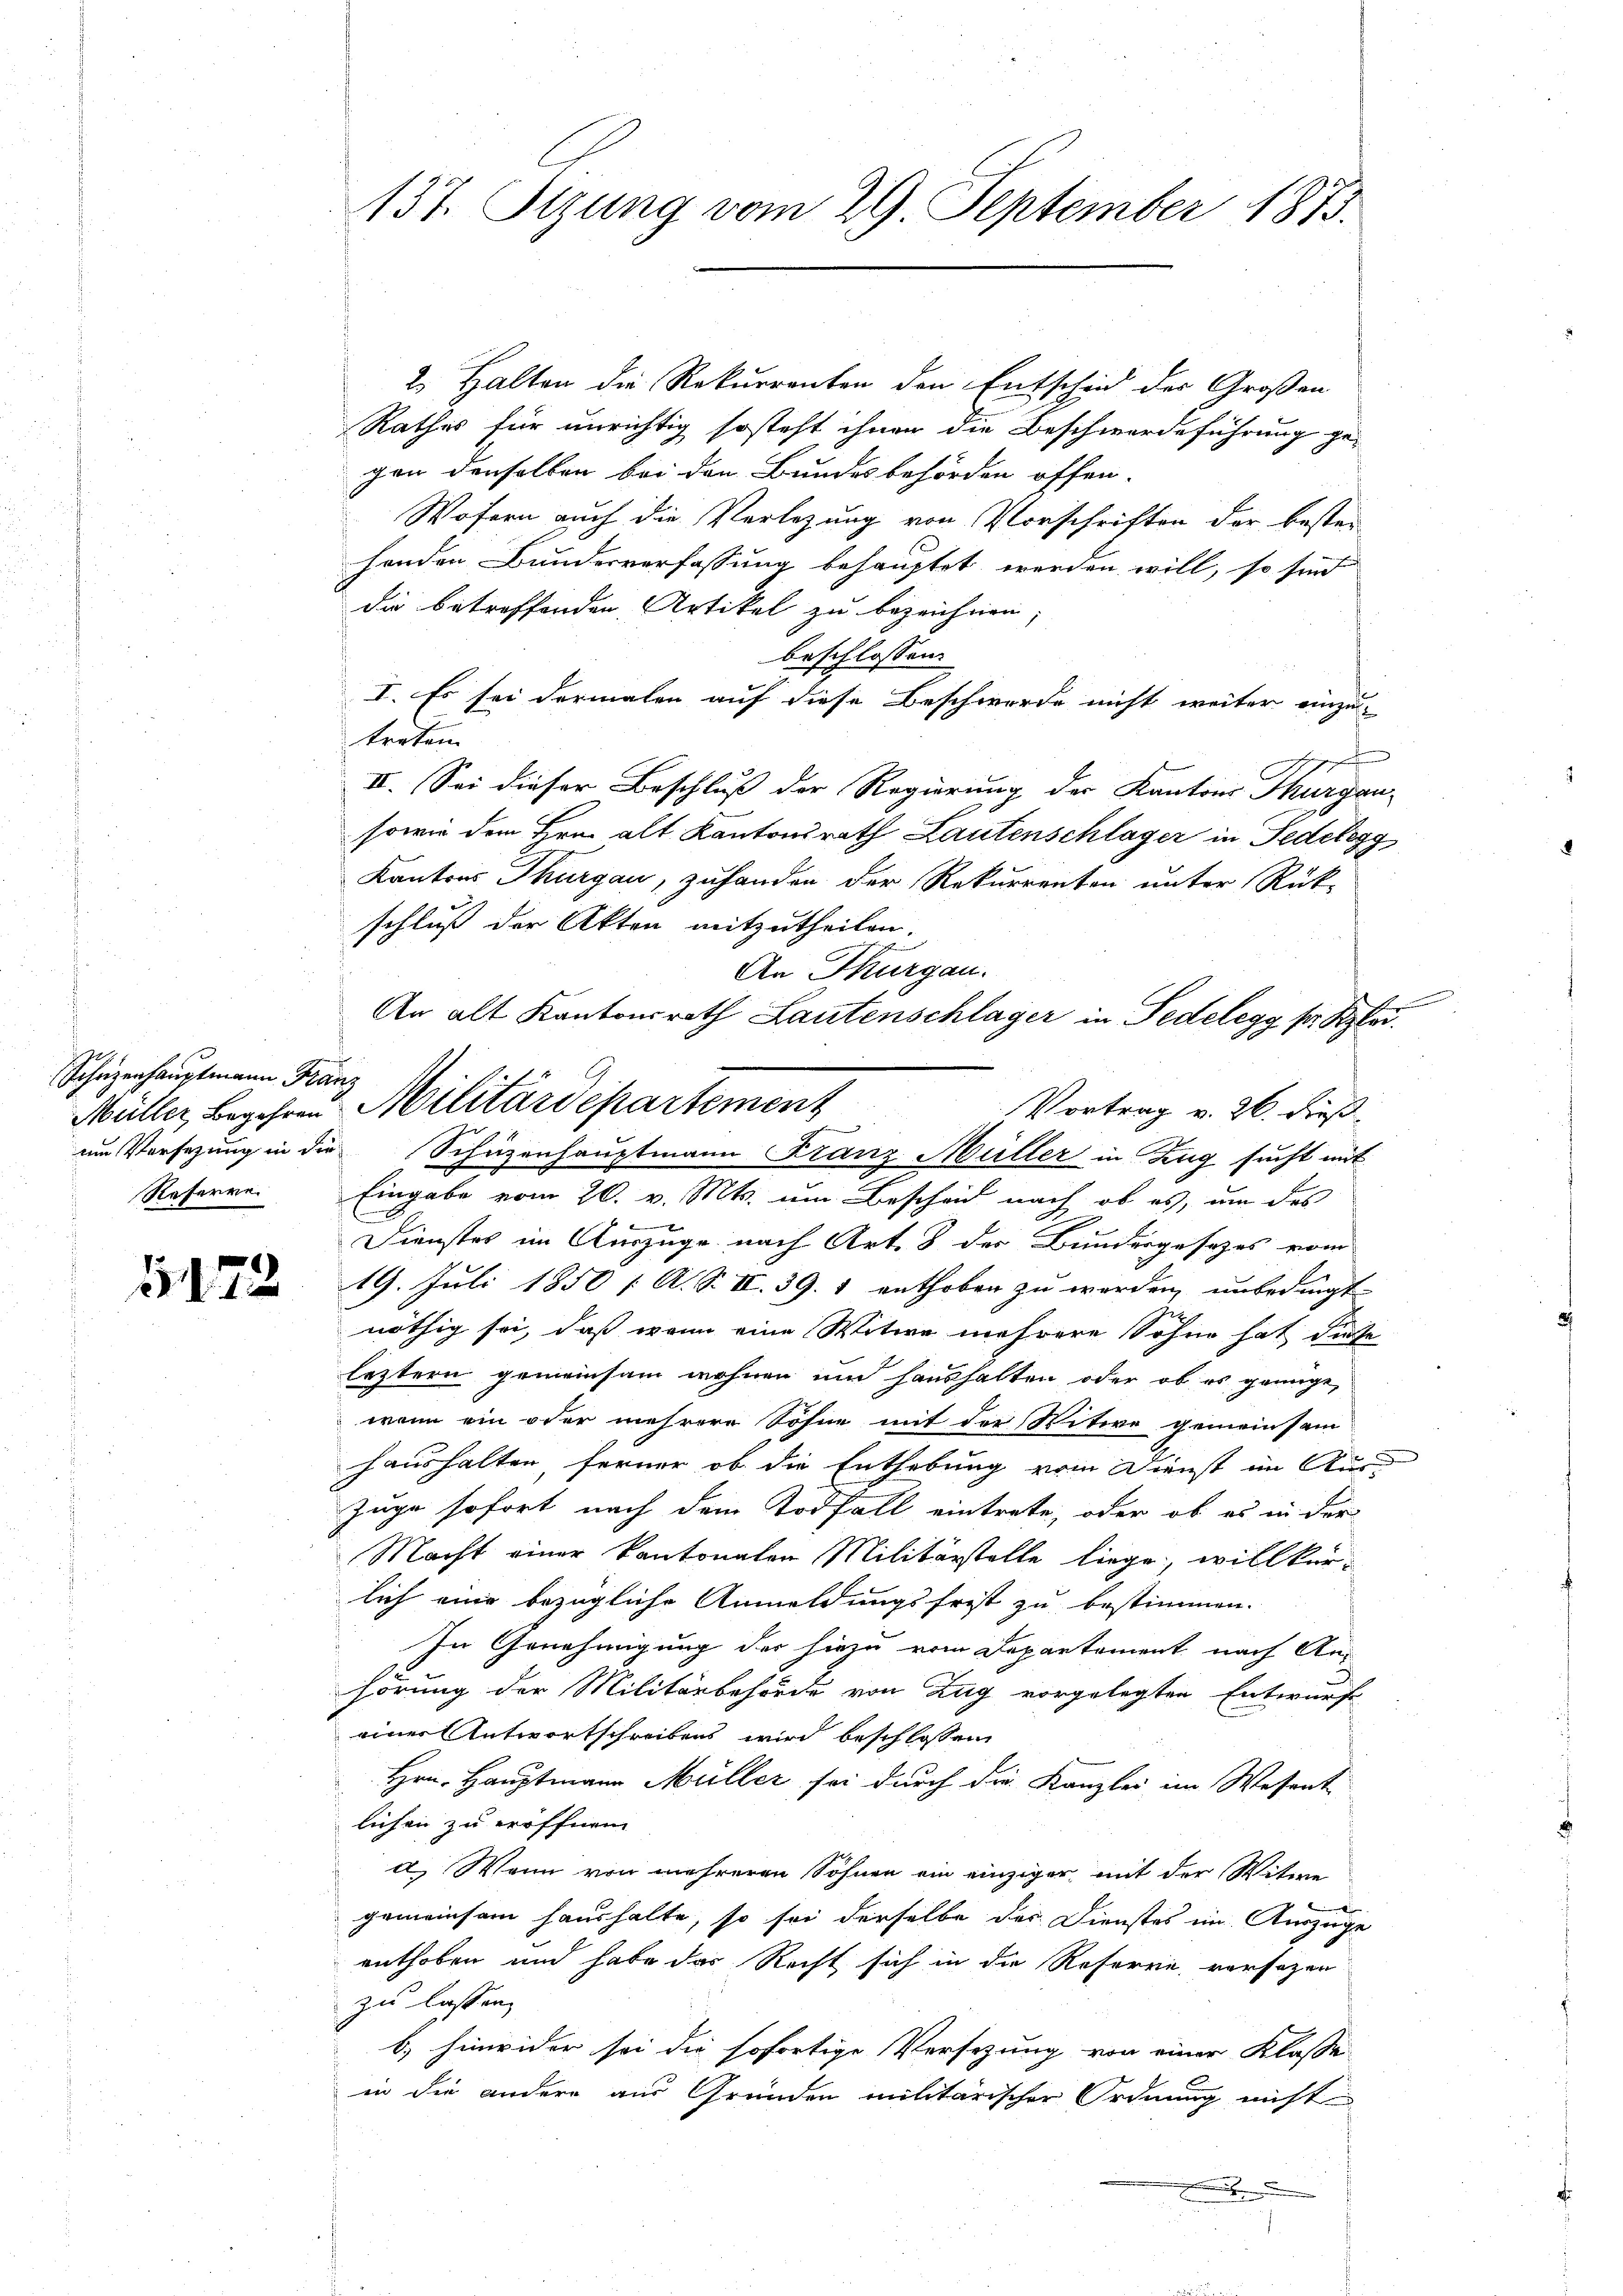
Schüzenhauptmann Franz

5172

137. Tizung vom 29. September 1873.

2. Halten die Rekurrenten den Entschied der Großen
Rathes für unrichtig so steht ihnen die Beschwerdeführung gegen denselben bei den Bundesbehörden offen-
Wofern auch die Vorlegung von Vorschriften der besten
henden Bundesverfassung behauptet werden will, so sind
die betreffenden Artikel zu bezeichnen,
beschlossen:
I. Es sei dermalen auf diese Beschwerde nicht weiter einzu-
treten.
begehren
II. Sei dieser Beschluß der Regierung der Kantons Thurgau-
sowie dem Hrn. alt Kantonsrath Lautenschlager in Pedelegg
Kantons Thurgau, zuhanden der Rekurrenten unter Rück-
schluß der Akten mitzutheilen.
Referne Eingabe vom 20. v. Mts. um Bescheid nach ob es, um des
f
Dienstes im Auszüge nach Art. 8 des Bundesgesetzes vom
19. Juli 1850 [ A. S. II. 39. 1 enthoben zu werden, unbedingt
nöthig sei, daß wenn eine Witwe mehrere Sohne hat diese
leztern gemeinsam wohnen und haushalten oder ob es genüge,
wenn ein oder mehrere Söhne mit der Witwe gemeinsam
haushalten, ferner ob die Enthebung vom Dienst im Aus-
Zuge sofort nach dem Todfall eintrete, oder ob es in der
Macht einer kantonalen Militärstelle liege, willkür-
lich eine bezügliche Anmeldungsfrist zu bestimmen.
In Genehmigung der hiezu vom Departement nach An-
hörung der Militärbehörde von Zug vorgelegten Entwurfe
einer Antwortschreibens wird beschlossen
Hrn. Hauptmann Müller sei durch die Kanzlei im Wesent
lichen zu eröffnen
d. Wenn von mehreren Söhnen ein einziger mit der Witwe
gemeinsam haushalte, so sei derselbe des Dienstes im Auszüge
enthoben und habe das Recht sich in die Referre, versagen
zu lassen,
b) hinwider sei die sofortige Versezung von einer Klasse
in die andere aus Gründen militärischer Ordnung nicht

An Thurgau.
An alt Kantonsrath Lautenschlager in Pedelegg sr. Kla
Müller, Begehen Militärdepartement
Vortrag v. 26. dieß
um Vorsetzung in die Schüzenhauptmann Franz Müller in Zug sucht mit